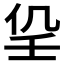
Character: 𡔟